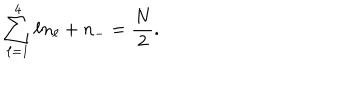
\sum _ { \ell = 1 } ^ { 4 } \ell n _ { \ell } + n _ { - } = \frac { N } { 2 } .